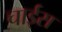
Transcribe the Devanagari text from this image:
चाईस